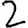
Digit: 2